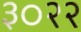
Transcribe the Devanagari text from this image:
३०२२